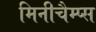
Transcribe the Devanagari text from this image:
मिनीचैम्प्स